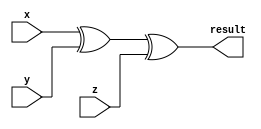
module ParityGenerator(
input x,y,z,
output result);
xor (result,x,y,z);  
endmodule